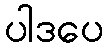
ပါဒပေ